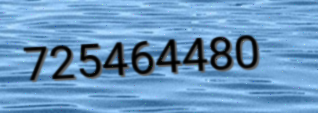
725464480